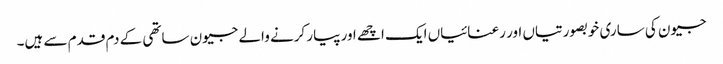
جیون کی ساری خوبصورتیاں اور رعنائیاں ایک اچھے اور پیار کرنے والے جیون ساتھی کے دم قدم سے ہیں۔